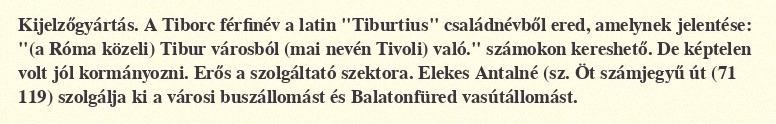
Kijelzőgyártás. A Tiborc férfinév a latin "Tiburtius" családnévből ered, amelynek jelentése: "(a Róma közeli) Tibur városból (mai nevén Tivoli) való." számokon kereshető. De képtelen volt jól kormányozni. Erős a szolgáltató szektora. Elekes Antalné (sz. Öt számjegyű út (71 119) szolgálja ki a városi buszállomást és Balatonfüred vasútállomást.